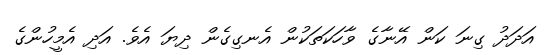
އަދަދު ގިނަ ކަން އޭނާގެ ވާހަކަތަކުން އެނގިގެން ދިޔަ އެވެ. އަދި އެމީހުންގެ